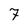
Character: 7